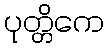
ပုတ္တိကေ